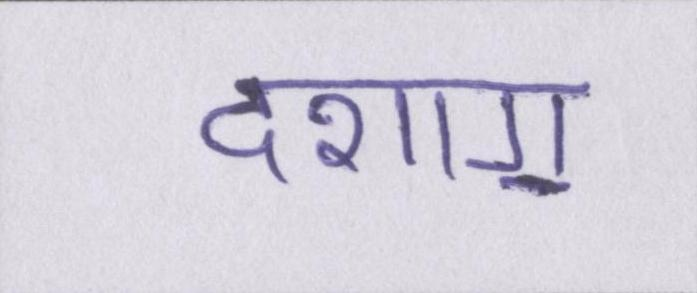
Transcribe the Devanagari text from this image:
दशाॻ